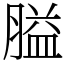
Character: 膉